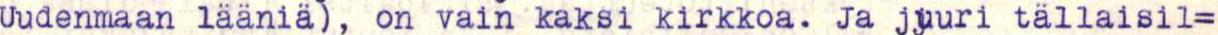
Uudenmaan lääniä), on vain kaksi kirkkoa. Ja juuri tällaisil=